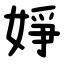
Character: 婙